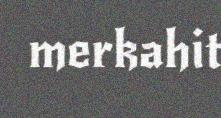
merkahit